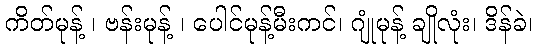
ကိတ်မုန့် ၊ ဗန်းမုန့် ၊ ပေါင်မုန့်မီးကင်၊ ဂျုံမုန့် ချိုလုံး၊ ဒိန်ခဲ၊